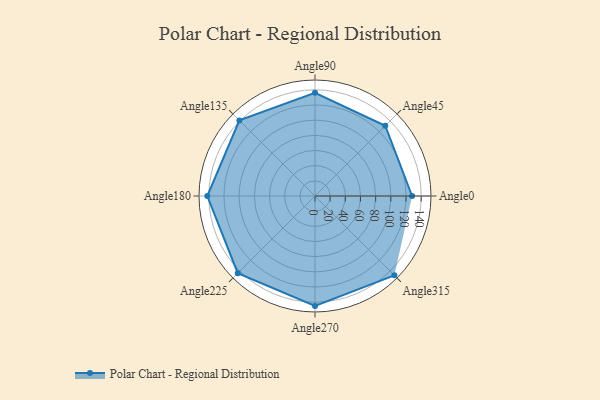
{"axis": {"x": "Angle", "y": "Radius"}, "legend": [""], "data": [{"x": "Angle0", "y": 128.0, "type": ""}, {"x": "Angle45", "y": 131.0, "type": ""}, {"x": "Angle90", "y": 136.0, "type": ""}, {"x": "Angle135", "y": 141.0, "type": ""}, {"x": "Angle180", "y": 142.0, "type": ""}, {"x": "Angle225", "y": 144.0, "type": ""}, {"x": "Angle270", "y": 145.0, "type": ""}, {"x": "Angle315", "y": 148.0, "type": ""}]}